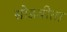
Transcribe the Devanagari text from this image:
सोडवीता